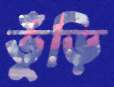
ভুঁড়ি